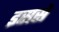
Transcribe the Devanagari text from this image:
इससेे